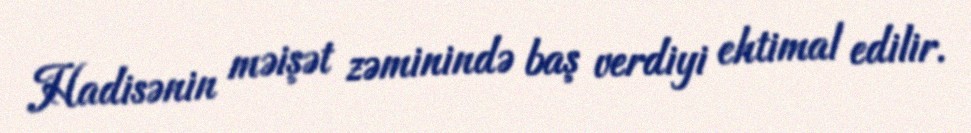
Hadisənin məişət zəminində baş verdiyi ehtimal edilir.